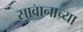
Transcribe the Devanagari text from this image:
सावानाच्या